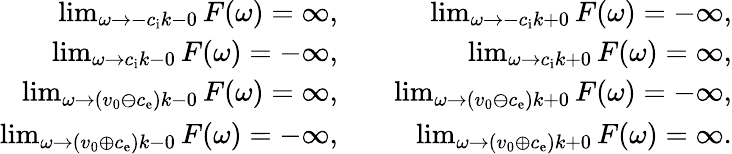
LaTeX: \begin{array}{rlr}{\operatorname*{lim}_{\omega\rightarrow-c_{\mathrm{i}}k-0}F(\omega)=\infty,}&{}&{\operatorname*{lim}_{\omega\rightarrow-c_{\mathrm{i}}k+0}F(\omega)=-\infty,}\\ {\operatorname*{lim}_{\omega\rightarrow c_{\mathrm{i}}k-0}F(\omega)=-\infty,}&{}&{\operatorname*{lim}_{\omega\rightarrow c_{\mathrm{i}}k+0}F(\omega)=\infty,}\\ {\operatorname*{lim}_{\omega\rightarrow(v_{0}\ominus c_{\mathrm{e}})k-0}F(\omega)=\infty,}&{}&{\operatorname*{lim}_{\omega\rightarrow(v_{0}\ominus c_{\mathrm{e}})k+0}F(\omega)=-\infty,}\\ {\operatorname*{lim}_{\omega\rightarrow(v_{0}\oplus c_{\mathrm{e}})k-0}F(\omega)=-\infty,}&{}&{\operatorname*{lim}_{\omega\rightarrow(v_{0}\oplus c_{\mathrm{e}})k+0}F(\omega)=\infty.}\end{array}